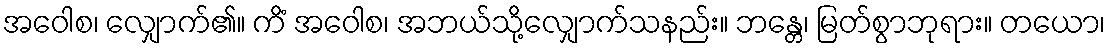
အဝေါစ၊ လျှောက်၏။ ကိံ အဝေါစ၊ အဘယ်သို့လျှောက်သနည်း။ ဘန္တေ၊ မြတ်စွာဘုရား။ တယော၊